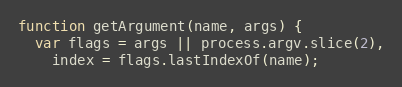
Language: JavaScript
function getArgument(name, args) {
  var flags = args || process.argv.slice(2),
    index = flags.lastIndexOf(name);